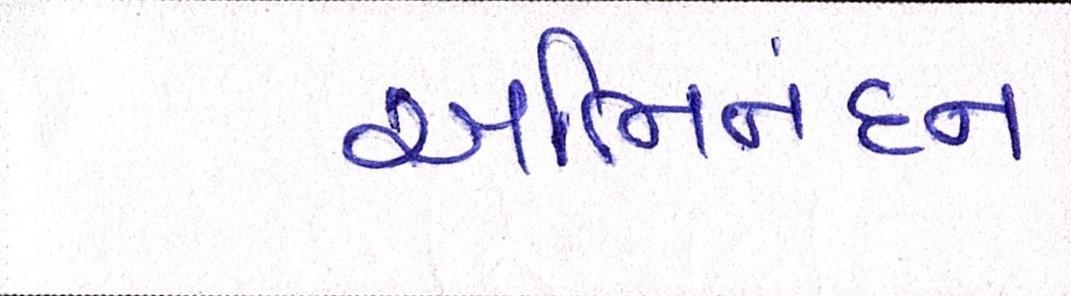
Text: અભિનંદન